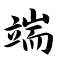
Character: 端